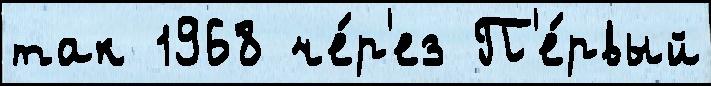
так 1968 че́р'ез П'е́рвый